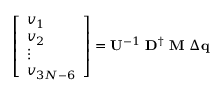
\left[ \begin{array} { l } { v _ { 1 } } \\ { v _ { 2 } } \\ { \vdots } \\ { v _ { 3 N - 6 } } \end{array} \right] = \mathbf { U } ^ { - 1 } \ \mathbf { D } ^ { \dagger } \ \mathbf { M } \ \Delta \mathbf { q }